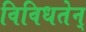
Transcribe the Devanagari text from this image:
विविधतेन्